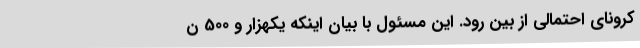
کرونای احتمالی از بین رود. این مسئول با بیان اینکه یکهزار و 500 ن